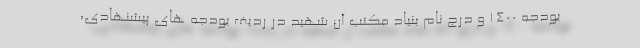
بودجه ۱۴۰۰ و درج نام بنیاد مکتب آن شهید در ردیف بودجه های پیشنهادی،